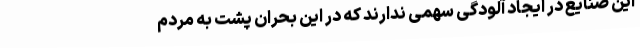
این صنایع در ایجاد آلودگی سهمی ندارند که در این بحران پشت به مردم